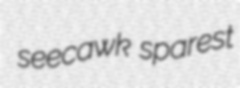
seecawk sparest